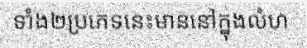
ទាំង២ប្រភេទនេះមាននៅក្នុងលំហ